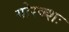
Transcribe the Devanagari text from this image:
गोरक्शः